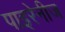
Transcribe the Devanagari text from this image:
पाइरेनीज